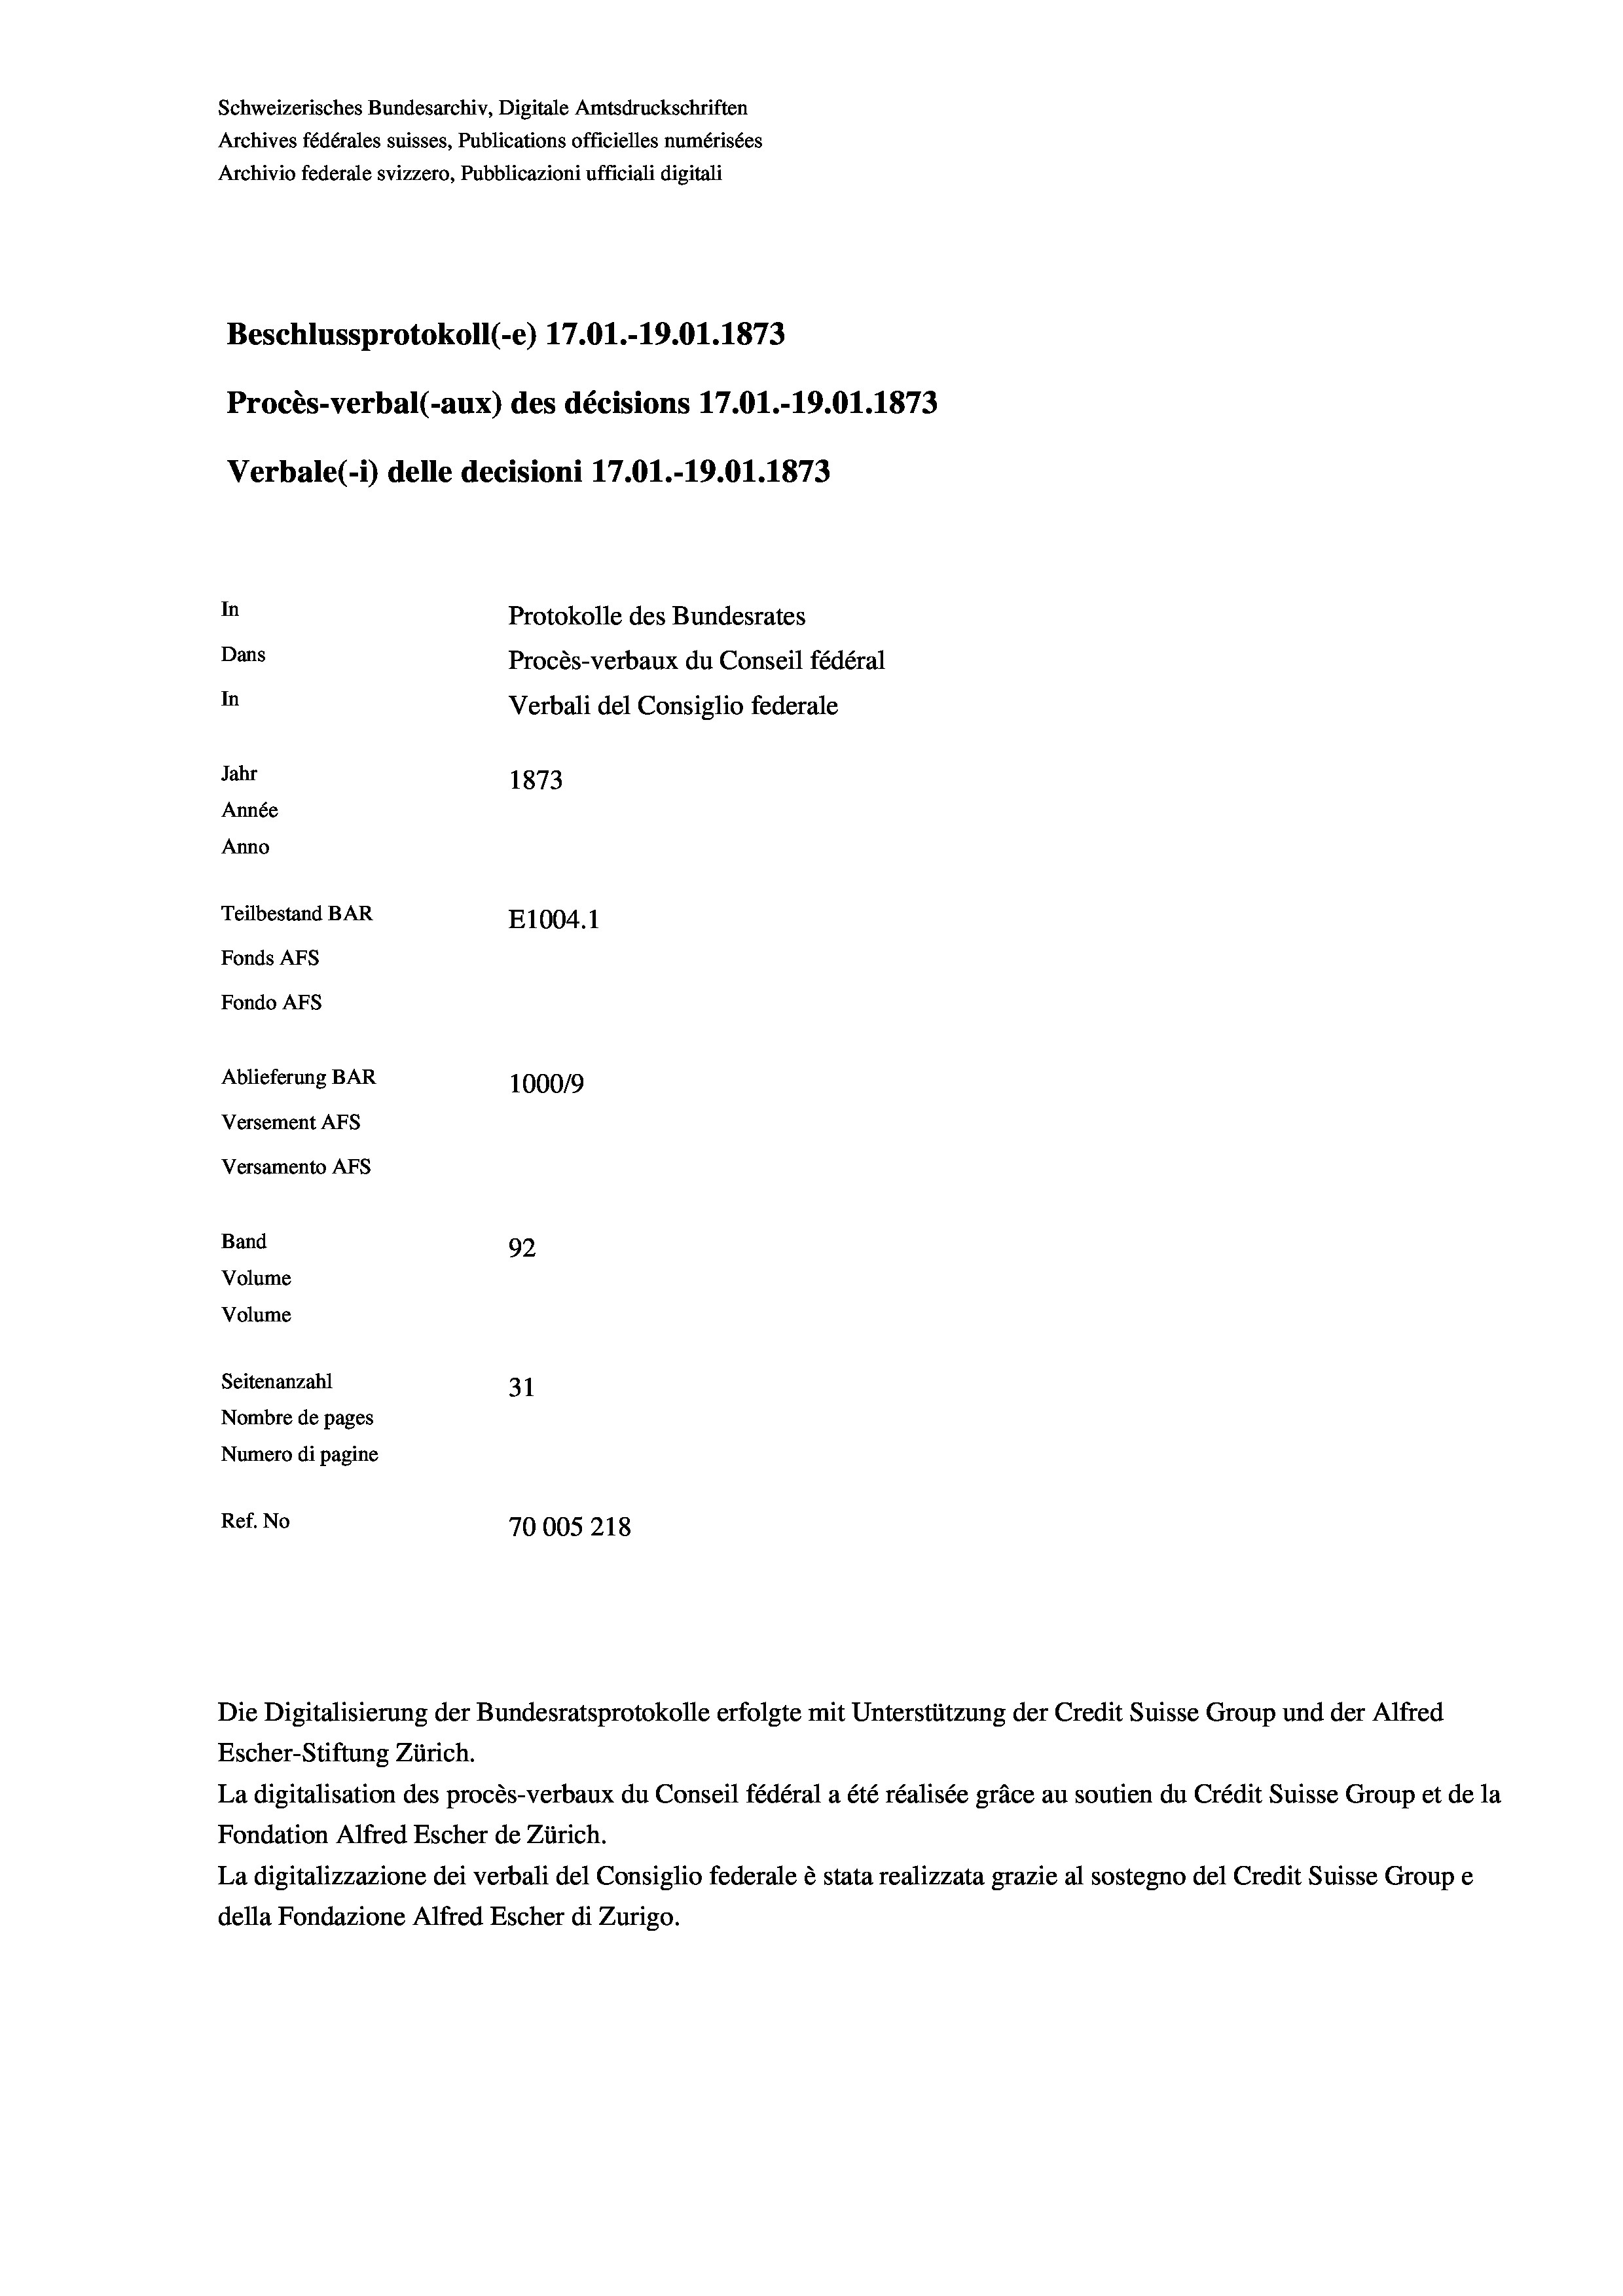
Schweizerisches Bundesarchiv, Digitale Amtsdruckschriften
Archives fédérales suisses, Publications officielles numérisées
Archivio federale svizzero, Pubblicazioni ufficiali digitali
Beschlussprotokoll (-e) 17.01.-19.01. 1873
Procès-verbal (-aux) des décisions 17.01.-19.01. 1873
Verbale(*) delle decisioni 17.01.-19.01. 1873
In
Protokolle des Bundesrates
Dans
Procès-verbaux du Conseil fédéral
In
Verbali del Consiglio federale
Jahr
1873
Année
Anno
Teilbestand BAR
E1004. 1
Fonds AFs
Fondo AFS
Ablieferung BAR
100019
Versement AFs
Versamento Afs
Band
92
Volume
Volume
Seitenanzahl
31

Nombre de pages
Numero di pagine
Ref. No
70005218

Escher-Stiftung Zürich.
La digitalisation des procès-verbaux du Conseil fédéral a été réalisée gräce au soutien du Crédit Suisse Group et de la
Fondation Alfred Escher de Zürich.
La digitalizzazione dei verbali del Consiglio federale è stata realizzata grazie al sostegno del Credit Suisse Groupe
della Fondazione Alfred Escher di Zurigo.

Die Digitalisierung der Bundesratsprotokolle erfolgte mit Unterstützung der Credit Suisse Group und der Alfred